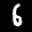
Label: 6